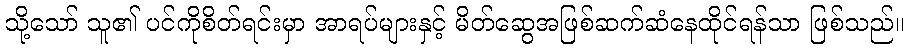
သို့သော် သူ၏ ပင်ကိုစိတ်ရင်းမှာ အာရပ်များနှင့် မိတ်ဆွေအဖြစ်ဆက်ဆံနေထိုင်ရန်သာ ဖြစ်သည်။